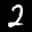
Label: 2